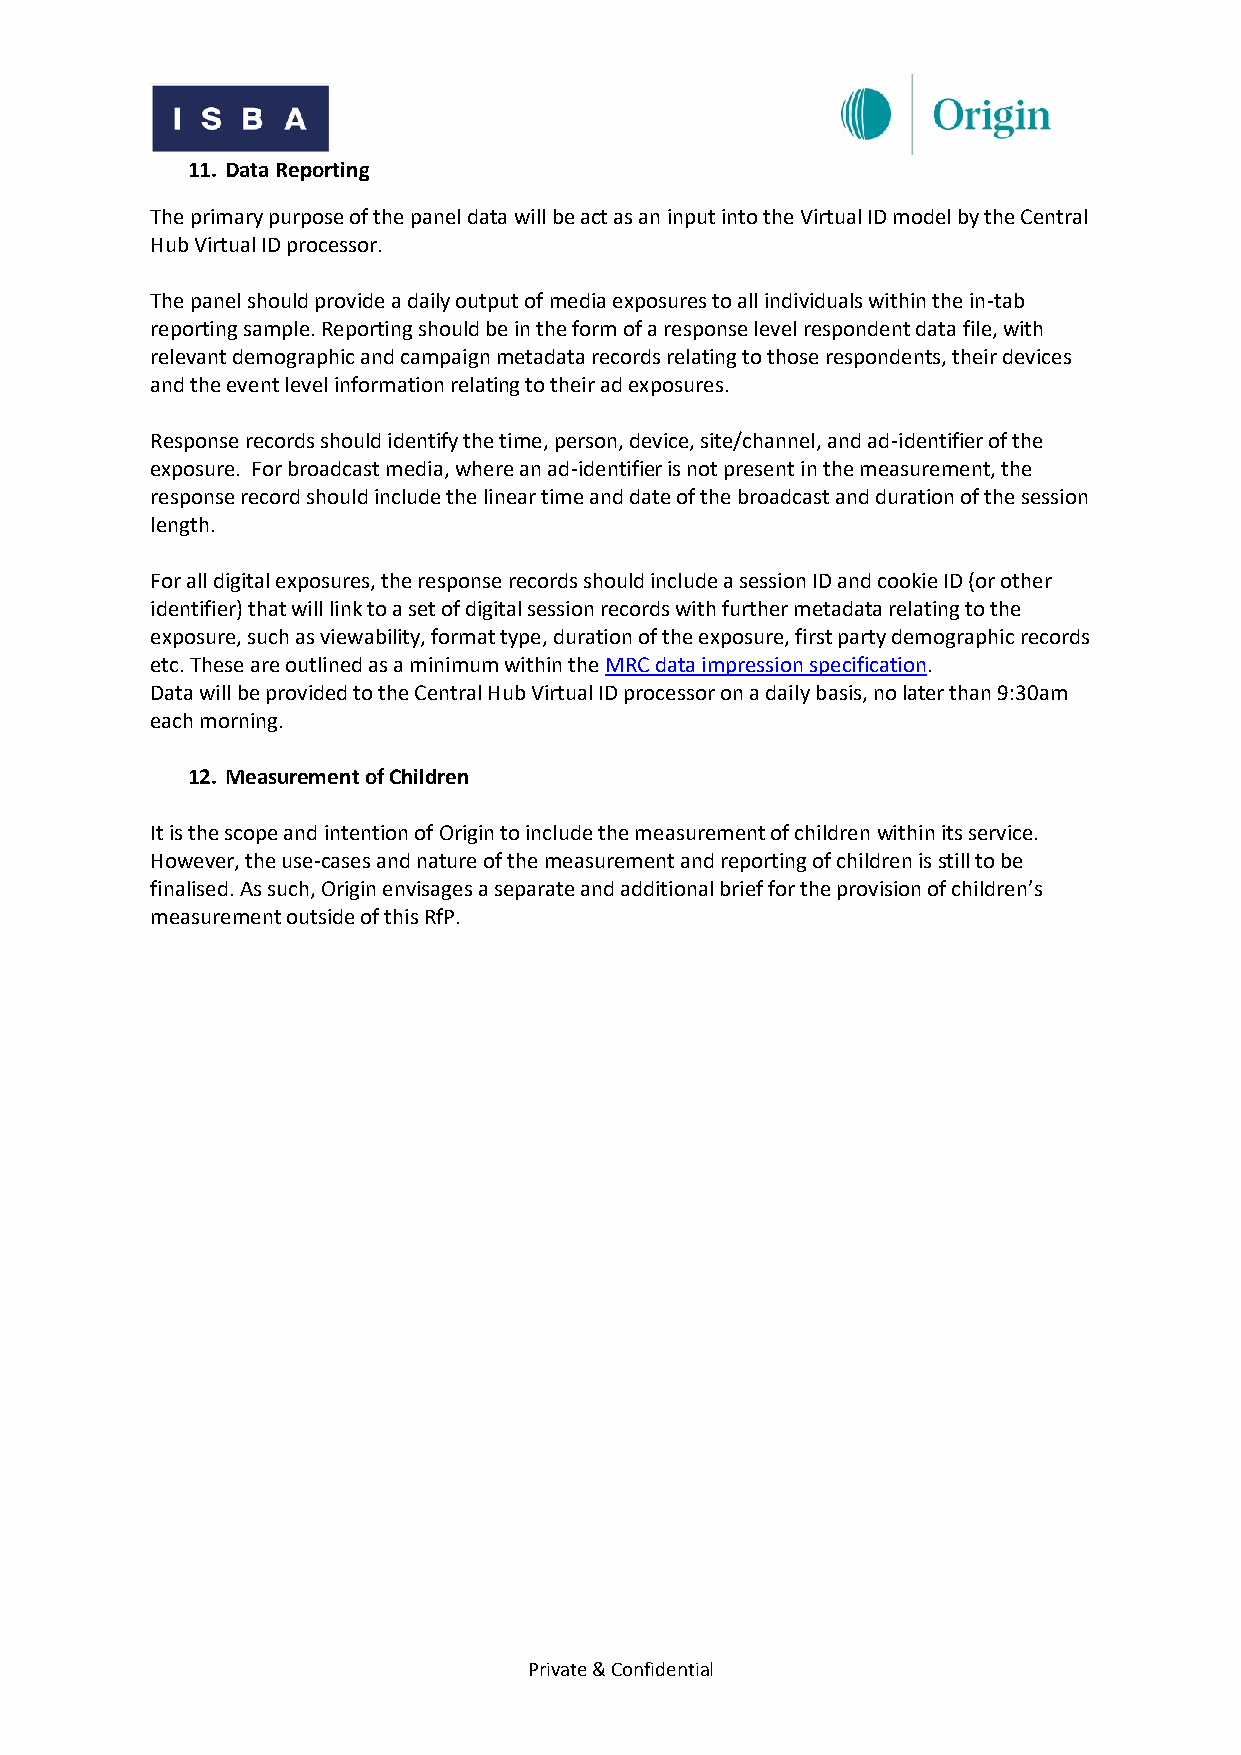
11. Data Reporting
 The primary purpose of the panel data will be act as an input into the Virtual ID model by the Central
 Hub Virtual ID processor.
 The panel should provide a daily output of media exposures to all individuals within the in-tab
 reporting sample. Reporting should be in the form of a response level respondent data file, with
 relevant demographic and campaign metadata records relating to those respondents, their devices
 and the event level information relating to their ad exposures.
 Response records should identify the time, person, device, site/channel, and ad-identifier of the
 exposure. For broadcast media, where an ad-identifier is not present in the measurement, the
 response record should include the linear time and date of the broadcast and duration of the session
 length.
 For all digital exposures, the response records should include a session ID and cookie ID (or other
 identifier) that will link to a set of digital session records with further metadata relating to the
 exposure, such as viewability, format type, duration of the exposure, first party demographic records
 etc. These are outlined as a minimum within the MRC data impression specification.
 Data will be provided to the Central Hub Virtual ID processor on a daily basis, no later than 9:30am
 each morning.
 12. Measurement of Children
 It is the scope and intention of Origin to include the measurement of children within its service.
 However, the use-cases and nature of the measurement and reporting of children is still to be
 finalised. As such, Origin envisages a separate and additional brief for the provision of children’s
 measurement outside of this RfP.
 Private & Confidential